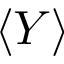
\langle Y \rangle